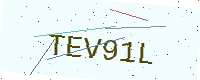
Text: TEV91L